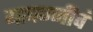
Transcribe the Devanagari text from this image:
यावज्जीवं